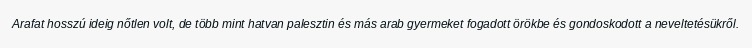
Arafat hosszú ideig nőtlen volt, de több mint hatvan palesztin és más arab gyermeket fogadott örökbe és gondoskodott a neveltetésükről.